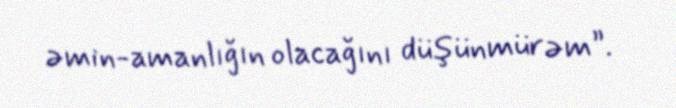
əmin-amanlığın olacağını düşünmürəm”.